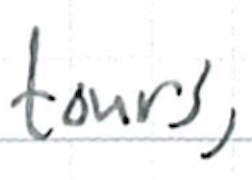
Text: tours,
Cross-out: clean
Writing tool: ballpoint